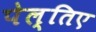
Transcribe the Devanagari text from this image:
पेल्तिए